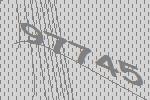
97745